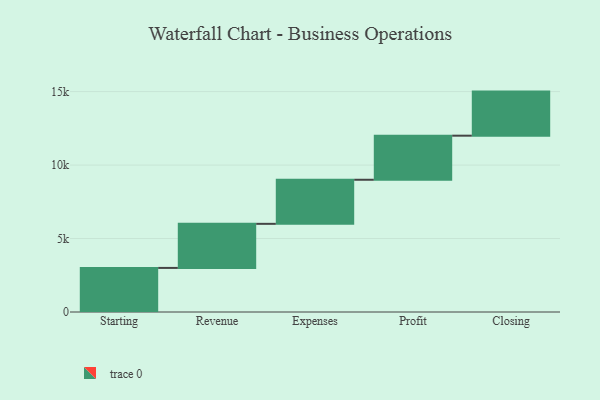
{"axis": {"x": "Step", "y": "Value"}, "legend": [""], "data": [{"x": "Starting", "y": 3000, "type": ""}, {"x": "Revenue", "y": 3000, "type": ""}, {"x": "Expenses", "y": 3000, "type": ""}, {"x": "Profit", "y": 3000, "type": ""}, {"x": "Closing", "y": 3000, "type": ""}]}